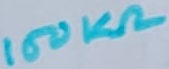
Text: 150KΩ